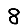
Digit: 8